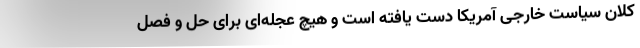
کلانِ سیاست خارجی آمریکا دست یافته است و هیچ عجله‌ای برای حل و فصل